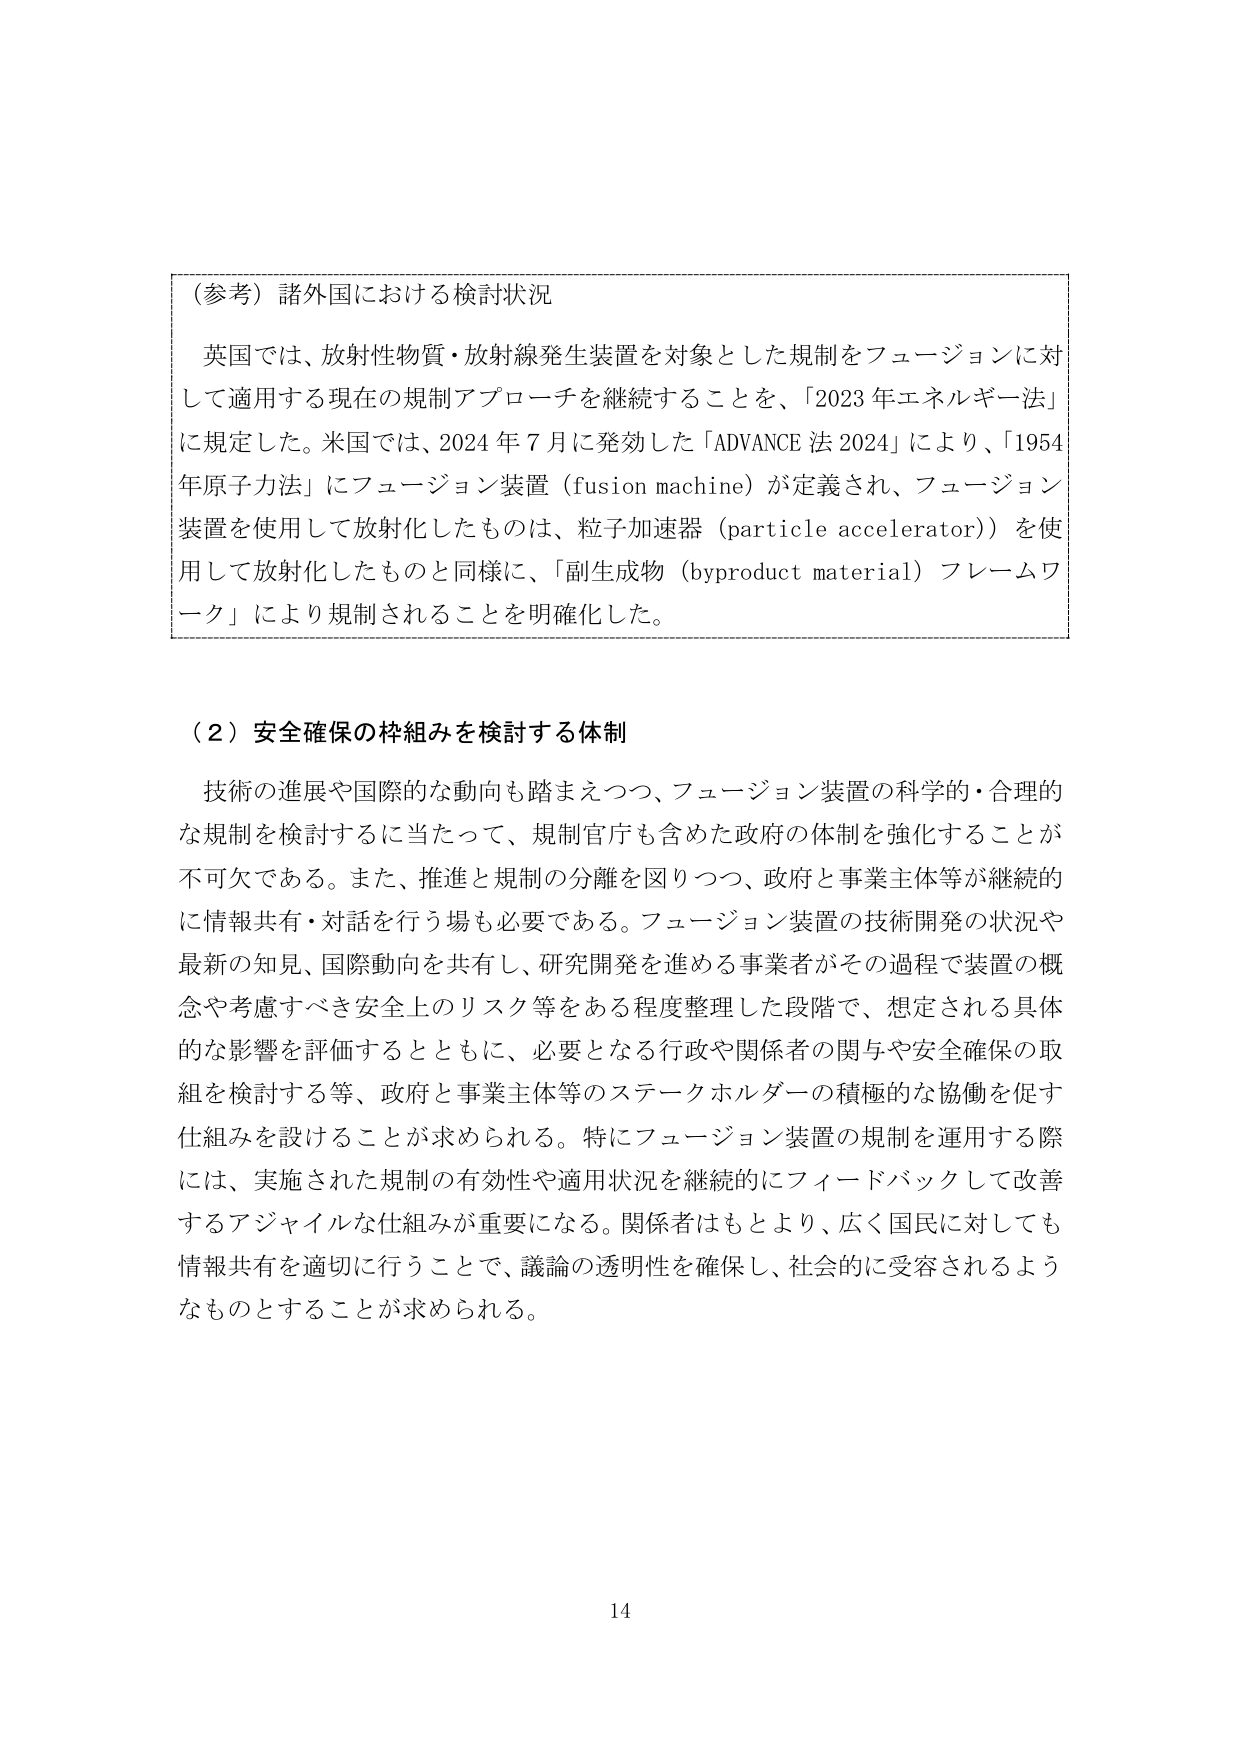
（参考）諸外国における検討状況

英国では、放射性物質・放射線発生装置を対象とした規制をフュージョンに対して適用する現在の規制アプローチを継続することを、「2023年エネルギー法」に規定した。米国では、2024年7月に発効した「ADVANCE法2024」により、「1954年原子力法」にフュージョン装置（fusion machine）が定義され、フュージョン装置を使用して放射化したものは、粒子加速器（particle accelerator）を使用して放射化したものと同様に、「副生成物（byproduct material）フレームワーク」により規制されることを明確化した。

（2）安全確保の枠組みを検討する体制

技術の進展や国際的な動向も踏まえつつ、フュージョン装置の科学的・合理的な規制を検討するに当たって、規制官庁も含めた政府の体制を強化することが不可欠である。また、推進と規制の分離を図りつつ、政府と事業主体等が継続的に情報共有・対話を行う場も必要である。フュージョン装置の技術開発の状況や最新の知見、国際動向を共有し、研究開発を進める事業者がその過程で装置の概念や考慮すべき安全上のリスク等をある程度整理した段階で、想定される具体的な影響を評価するとともに、必要となる行政や関係者の関与や安全確保の取組を検討する等、政府と事業主体等のステークホルダーの積極的な協働を促す仕組みを設けることが求められる。特にフュージョン装置の規制を運用する際には、実施された規制の有効性や適用状況を継続的にフィードバックして改善するアジャイルな仕組みが重要になる。関係者はもとより、広く国民に対しても情報共有を適切に行うことで、議論の透明性を確保し、社会的に受容されるようなものとすることが求められる。

14